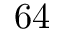
6 4